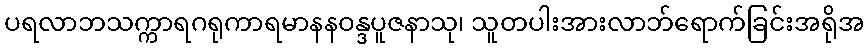
ပရလာဘသက္ကာရဂရုကာရမာနနဝန္ဒပူဇနာသု၊ သူတပါးအားလာဘ်ရောက်ခြင်းအရိုအ